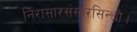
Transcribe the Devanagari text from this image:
निरासारसंसारसिन्धौ।